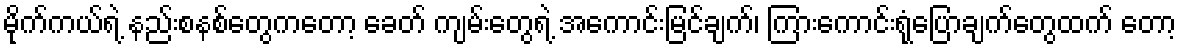
မိုက်ကယ်ရဲ့ နည်းစနစ်တွေကတော့ ခေတ် ကျမ်းတွေရဲ့ အကောင်းမြင်ချက်၊ ကြားကောင်းရုံပြောချက်တွေထက် တော့